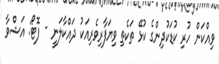
ވިއްކަން ހުރި ކުޑަކުދިންގެ ކުޅޭ ތަކެތި ވިޔަފާރިވެރިއަކު ދައްކާލަނީ - ފޮޓޯ: އަޝްވާ